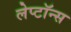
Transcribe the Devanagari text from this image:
लेप्टॉन्स